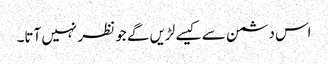
اس دشمن سے کیسے لڑیں گے جو نظر نہیں آتا۔